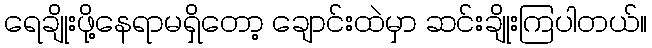
ရေချိုးဖို့နေရာမရှိတော့ ချောင်းထဲမှာ ဆင်းချိုးကြပါတယ်။